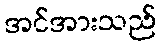
အင်အားသည်